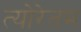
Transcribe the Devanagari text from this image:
त्योरेतम